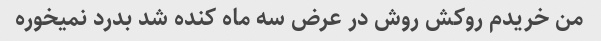
من خریدم روکش روش در عرض سه ماه کنده شد بدرد نمیخوره